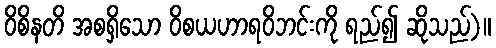
ဝိစိနတိ အစရှိသော ဝိစယဟာရဝိဘင်းကို ရည်၍ ဆိုသည်)။